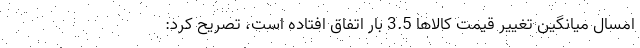
امسال ميانگين تغيير قيمت كالاها 3.5 بار اتفاق افتاده است، تصريح كرد: